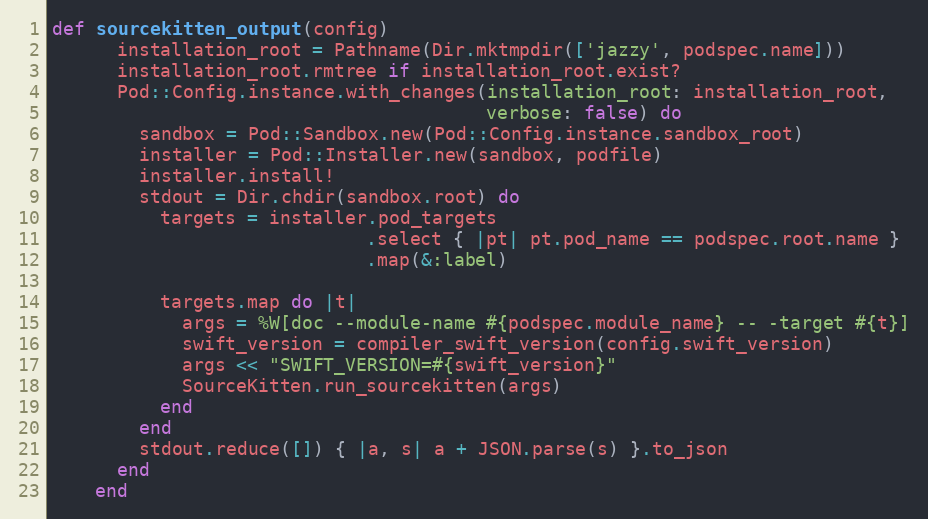
Language: Ruby
def sourcekitten_output(config)
      installation_root = Pathname(Dir.mktmpdir(['jazzy', podspec.name]))
      installation_root.rmtree if installation_root.exist?
      Pod::Config.instance.with_changes(installation_root: installation_root,
                                        verbose: false) do
        sandbox = Pod::Sandbox.new(Pod::Config.instance.sandbox_root)
        installer = Pod::Installer.new(sandbox, podfile)
        installer.install!
        stdout = Dir.chdir(sandbox.root) do
          targets = installer.pod_targets
                             .select { |pt| pt.pod_name == podspec.root.name }
                             .map(&:label)

          targets.map do |t|
            args = %W[doc --module-name #{podspec.module_name} -- -target #{t}]
            swift_version = compiler_swift_version(config.swift_version)
            args << "SWIFT_VERSION=#{swift_version}"
            SourceKitten.run_sourcekitten(args)
          end
        end
        stdout.reduce([]) { |a, s| a + JSON.parse(s) }.to_json
      end
    end